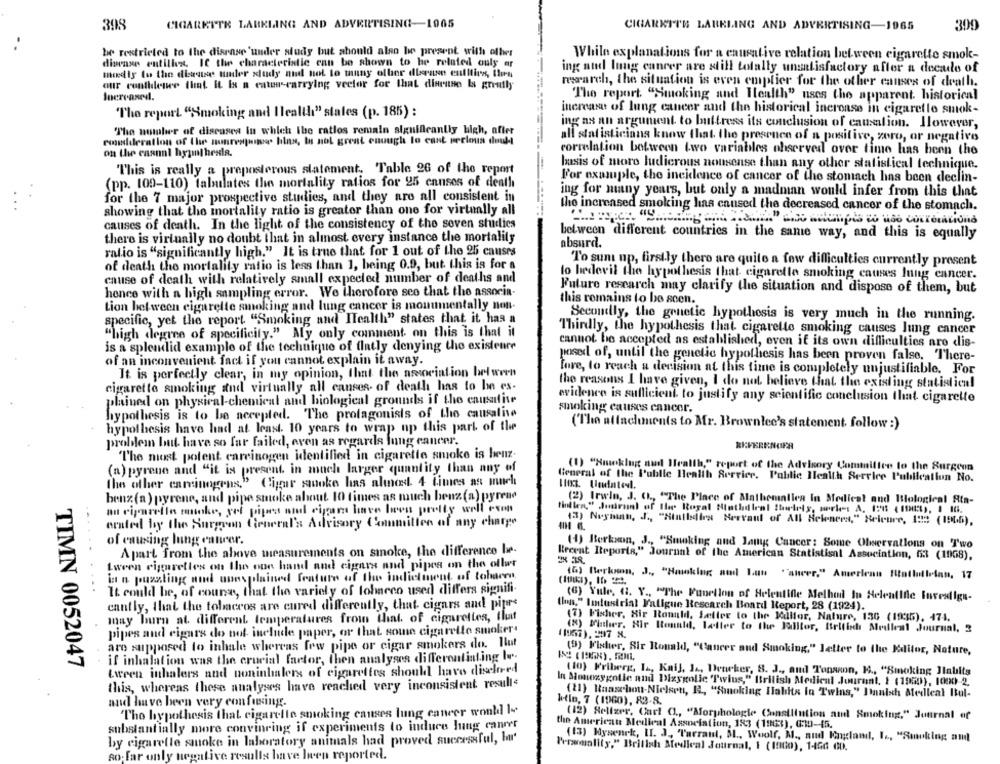
398
CIGARETTE LARKLING AND ADVERTISING-1965
CIGARETTE LABELING AND ADVERTISING-1965
309
be restricted to the disease 'under study but should also be present with other
While explanations for a causative relation between cigarette smok-
disease entillex. IC the characteristic can be shown to he related ouly ar
ing and lung cancer are still totally unsatisfactory after a decade of
medis to the disease under study and not to muny oflor dleruse entities, les
our confidence that it Is a cateu -- carrying vector for that dierune Is greatly
march, the situation is even emptier for the other causes of death.
Increased.
The report "Smoking and Health" uses the apparent. historical
"The report "Smoking and Health" states (p. 185) :
increase of lung cancer and the historical incroase in cigaretle smok-
The number of diseases in which ibe ratios remain significantly high, after
ing as an argument to buttress its conclusion of causation. However,
all statisticians know that the presence of a positive, zero, or negative
roadderation of the nonresponse hlas, Is not great enough lo cant veclous duuli
on the casual hypothesis.
correlation between two variables observed over time has been the
basis of more ludicrous nousense than any other statistical technique.
This is really a preposterous statement. Table 26 of the report
(pp. 109-110) tabulates the mortality ratios for 25 canses of death
For example, the incidence of cancer of the stomach has been declin-
for the 7 major prospective studies, and they are all consistent in
ing for many years, but only a madman would infer from this that
the increased smoking has caused the decreased cancer of the stomach.
showing that the mortality ratio is greater than one for virtually all
causes of death. In the light of the consistency of the seven studies
between different countries in the same way, and this is equally
there is virtually no doubt that in almost every instance the mortality
absurd.
ratio is "significantly high." It is true that for 1 out of the 25 causes
of death the mortality ratio is less than 1, being 0.9, but this is for a
To sum up, firstly there are quite a few difficulties currently present
to bedevil the hypothesis that cigarette smoking causes lung cancer.
cause of death with relatively small expected number of deaths and
Future research may clarify the situation and dispose of them, but
hence with a high sampling error. We therefore see that the assorin
this romains to be seen.
Lion between cigarette smoking and lung cancer is monumentally non-
specific, yet the report "Smoking and Health" states that it has a
Secondly, the genetic hypothesis is very much in the running.
"high degree of specificity." My only comment on this is that it
Thirdly, the hypothesis that cigarette smoking causes lung cancer
cannot be accepted as established, even if its own difficulties are dis-
is a splendid example of the technique of flatly denying the existeure
posed of, until the genetic hypothesis has been proven false, There-
of an inconvenient fact if you cannot explain it away.
It is perfectly clear, in my opinion, that the association between
fore, to reach a decision at this time is completely unjustifiable. For
cigarette smoking and virtually all canses- of death has to be ex-
the reasons I have given, I do not believe that the existing statistical
evidence is sufficient to justify any scientific conclusion that cigarette
plained on physical-chemical and biological grounds if the causafite
smoking causes eancor.
hypothesis is to be accepted. The protagonists of the causative
hypothesis have had at least. 10 years to wrap up this part of the
(The attachments to Mr. Brownlee's statement. follow :)
problem but have so far failed, even as regards lung cancer.
The most potent carcinogen identified in cigarette smoke is henz-
(1) "Hmeklug nud Health," report of the Advisory Committee to the Surgeon
(a) pyrene and "it is present in much larger quantity than any of
General of the Public Health Service. Public Health Service Publication No.
the other carcinogens," Cigar squoke has almost 4 times as much
benz (a ) pyrene, and pipe smoke about. 10 times as much benz(a) pyrene
(2) Irwin, J. O ., "The Place of Mathematics in Medical and Biological Ata-
at ciparella moke, sel pipes and cigar have been pretty well cup
...
erated by the Surgeon General's Advisory Committee of any charge
(3) Neyman, J ., "Hintbdles Merraul of All Heleners," Relcure, 1:3 (1966).
of causing lung cancer.
(1) Berkson, J ., "Smoking and Jamng Cancer: Some Observations on Two
Apart from the above measurements on smoke, the difference be-
Recent Iteports," Journal of the American Statistisal Association, 63 (1008).
Lween cigarettes on the one hand and cigars and pipes on the oflur
(6) Berknon, J ., "Hawking and Lut "sheer." Amerlenu Ritalintlelan, 17
int n pouzeting nondl unespoluined feature of the indictment of tolema
It could be, of counes, that the variety of lohneco used differs signifi-
(6) Yule, G. Y ., "The Function of Helentifle Method In Helentlfle Investiga-
canfly, that the tobaccos are cured differently, that cigars and pipers
las," Industrial Fatigue Rescarch Board Report, 28 (1924).
may burn at different temperatures from that. of cigarettes, that
(7) Fischer, Sir Ronald, Letter to the Editor, Nature, 136 (19:35). 474.
pipes and cigars do not include paper, or that some cigarette smoker.
(7), 297 x
(8) Finther. Hir Ronald, Letter to the Balltor, British Medical Journal, 2
are supposed to inhale whereas few pipe or cigar smokers do. Ilut
if inhalation was the crucial factor, then analyses differentiating Iu;
(5) Fisher, Sir Ronald, "Cancer and Smoking," Letter to the Editor, Nature,
TIMN 0052047
tween inhalers and noninhalers of cigarettes should have disclosed
(10) Friberg, L ., Kail, JA, Dencker, 8. J ., and Tonscon, H ., "Smoking Habits
this, whereas these analyses have reached very inconsistent resulle
In Monozygotic and Dizygolic Twins," British Medical Journal. 1 (1950), 1000-2.
(11) Raaselou-Nielsen, IL, "Smoking Habits in Twins," Inuish Medleal Bul-
maid have been very confusing.
hello, 7 (1960), 83-8.
The hypothesis that cigarette smoking causes lung cancer would be
(12) Seltzer, Cart C ., "Morphologie Consillution and Smoking," Journal of
substantially more convinring if experiments to induce lung cancer
the American Medical Association, 183 (198:), G10-15.
by cigarelle smoke in laboratory animals had proved successful, l'
(13) Mysenrk, II. J ., "Tarrant, M ., Woolf, M ., aud England, I ., "Smoking am
Personality." British Medical Journal, I (1000), 1-466 60.
so far only negative results have been reported.